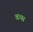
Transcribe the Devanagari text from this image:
वत्‍स